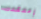
إعتقدت